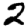
Digit: 2